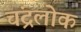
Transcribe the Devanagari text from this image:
चंद्रलोक